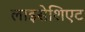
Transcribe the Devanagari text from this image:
लाइसेशिएट